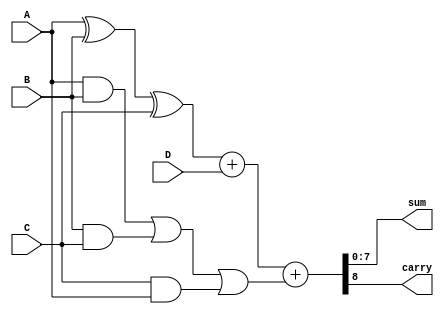
module carry_save_adder_tree #(parameter N = 8) (
    input [N-1:0] A, // Input A
    input [N-1:0] B, // Input B
    input [N-1:0] C, // Input C
    input [N-1:0] D, // Input D
    output [N-1:0] sum, // Final sum output
    output carry // Final carry output
);

// Carry Save Adder Cell
function [N-1:0] csa_cell;
    input [N-1:0] x, y, z; // Three n-bit inputs
    csa_cell = x ^ y ^ z; // Sum output (bitwise XOR)
endfunction

function [N-1:0] carry_out;
    input [N-1:0] x, y, z; // Three n-bit inputs
    carry_out = (x & y) | (y & z) | (z & x); // Carry output
endfunction

// Stage 1: First layer of CSA cells
wire [N-1:0] sum1, sum2, carry1, carry2;

assign sum1 = csa_cell(A, B, C);
assign carry1 = carry_out(A, B, C);
assign sum2 = sum1 + D; // Adding the last input
assign carry2 = carry1; // Carry remains the same in this case

// Stage 2: Final addition
wire [N-1:0] final_sum;
wire final_carry;

assign {final_carry, final_sum} = sum2 + carry2; // Final addition of sum and carry

// Output assignment
assign sum = final_sum;
assign carry = final_carry;

endmodule